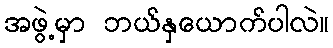
အဖွဲ့မှာ ဘယ်နှယောက်ပါလဲ။